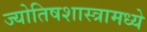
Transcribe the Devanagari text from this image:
ज्योतिषशास्त्रामध्ये